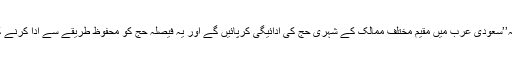
بیان میں کہا گیا تھا کہ’’سعودی عرب میں مقیم مختلف ممالک کے شہری حج کی ادائیگی کرپائیں گے اور یہ فیصلہ حج کو محفوظ طریقے سے ادا کرنے کے لئے کیا گیا ہے‘‘۔